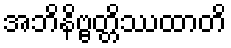
အဘိနိဗ္ဗတ္တိဿထာတိ